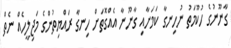
ގާނޫނުގެ ހުކޫމަތު ނުހިނގާ ކަމަށާއި ގާނޫނާ އެއްގޮތަށް ހިނގާ ރައްޔިތުންގެ މަޖިލީހެއް ނެތް